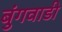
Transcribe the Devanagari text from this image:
बुंगवाडी